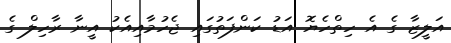
އަލީޒާ ގެ އެ ހިތްހެޔޮ އަޑު ކަންފަތުގައި ޖެހުމާއިއެކު އީނާ ރާހިލް ގެ